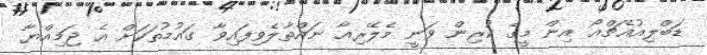
ޑަބްލިއުއެޗްއޯ އިން މީގެ ކުރިން ވަނީ މެލޭރިއާ ނައްތާލެވިފައިވާ ގައުމުތަކަށް އެ ޖަމިއްޔާ